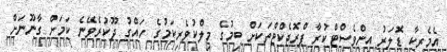
އެމެރިކާ ޑޮލަރު އިންވެސްޓްކުރާ ޕްރޮޖެކްޓްތަކަށް ބިމުގެ މިލްކުވެރިކަމުގެ ހައްގު ދޫކުރެވޭނެ ކަމަށް ގާނޫނަށް